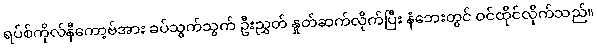
ရပ်စ်ကိုလ်နီကော့ဗ်အား ခပ်သွက်သွက် ဦးညွှတ် နှုတ်ဆက်လိုက်ပြီး နံဘေးတွင် ဝင်ထိုင်လိုက်သည်။